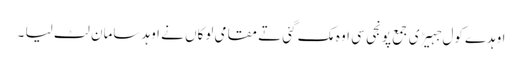
اوہدے کول جہیڑی جمع پونجی سی اوہ مک گئی تے مقامی لوکاں نے اوہد سامان لٹ لیا ۔